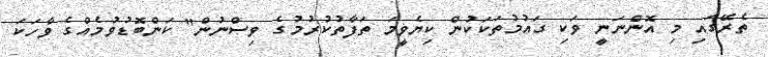
ތެރޭގައި މި އޮންނަނީ ވަކި ގައުމުތަކަކުން ކިޔެވީމަ ތަފާތުކުރުމުގެ ވިސްނުން" ކަންބޮޑުވުމެއްގެ ވާހަކަ